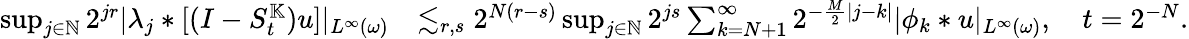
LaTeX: \begin{array}{rl}{\operatorname*{sup}_{j\in\mathbb{N}}2^{jr}|\lambda_{j}\ast[(I-S_{t}^{\mathbb{K}})u]|_{L^{\infty}(\omega)}}&{\lesssim_{r,s}2^{N(r-s)}\operatorname*{sup}_{j\in\mathbb{N}}2^{js}\sum_{k=N+1}^{\infty}2^{-\frac{M}{2}|j-k|}|\phi_{k}\ast u|_{L^{\infty}(\omega)},\quad t=2^{-N}.}\end{array}